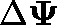
\Delta \mathbf { \Psi }